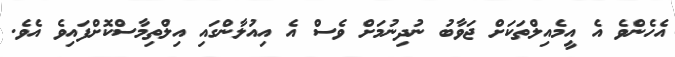
އެހެންވެ އެ އީމެއިލްތަކަށް ޖަވާބު ނުދިނުމަށް ވެސް އެ އިއުލާންގައި އިލްތިމާސްކޮށްފައިވެ އެވެ.